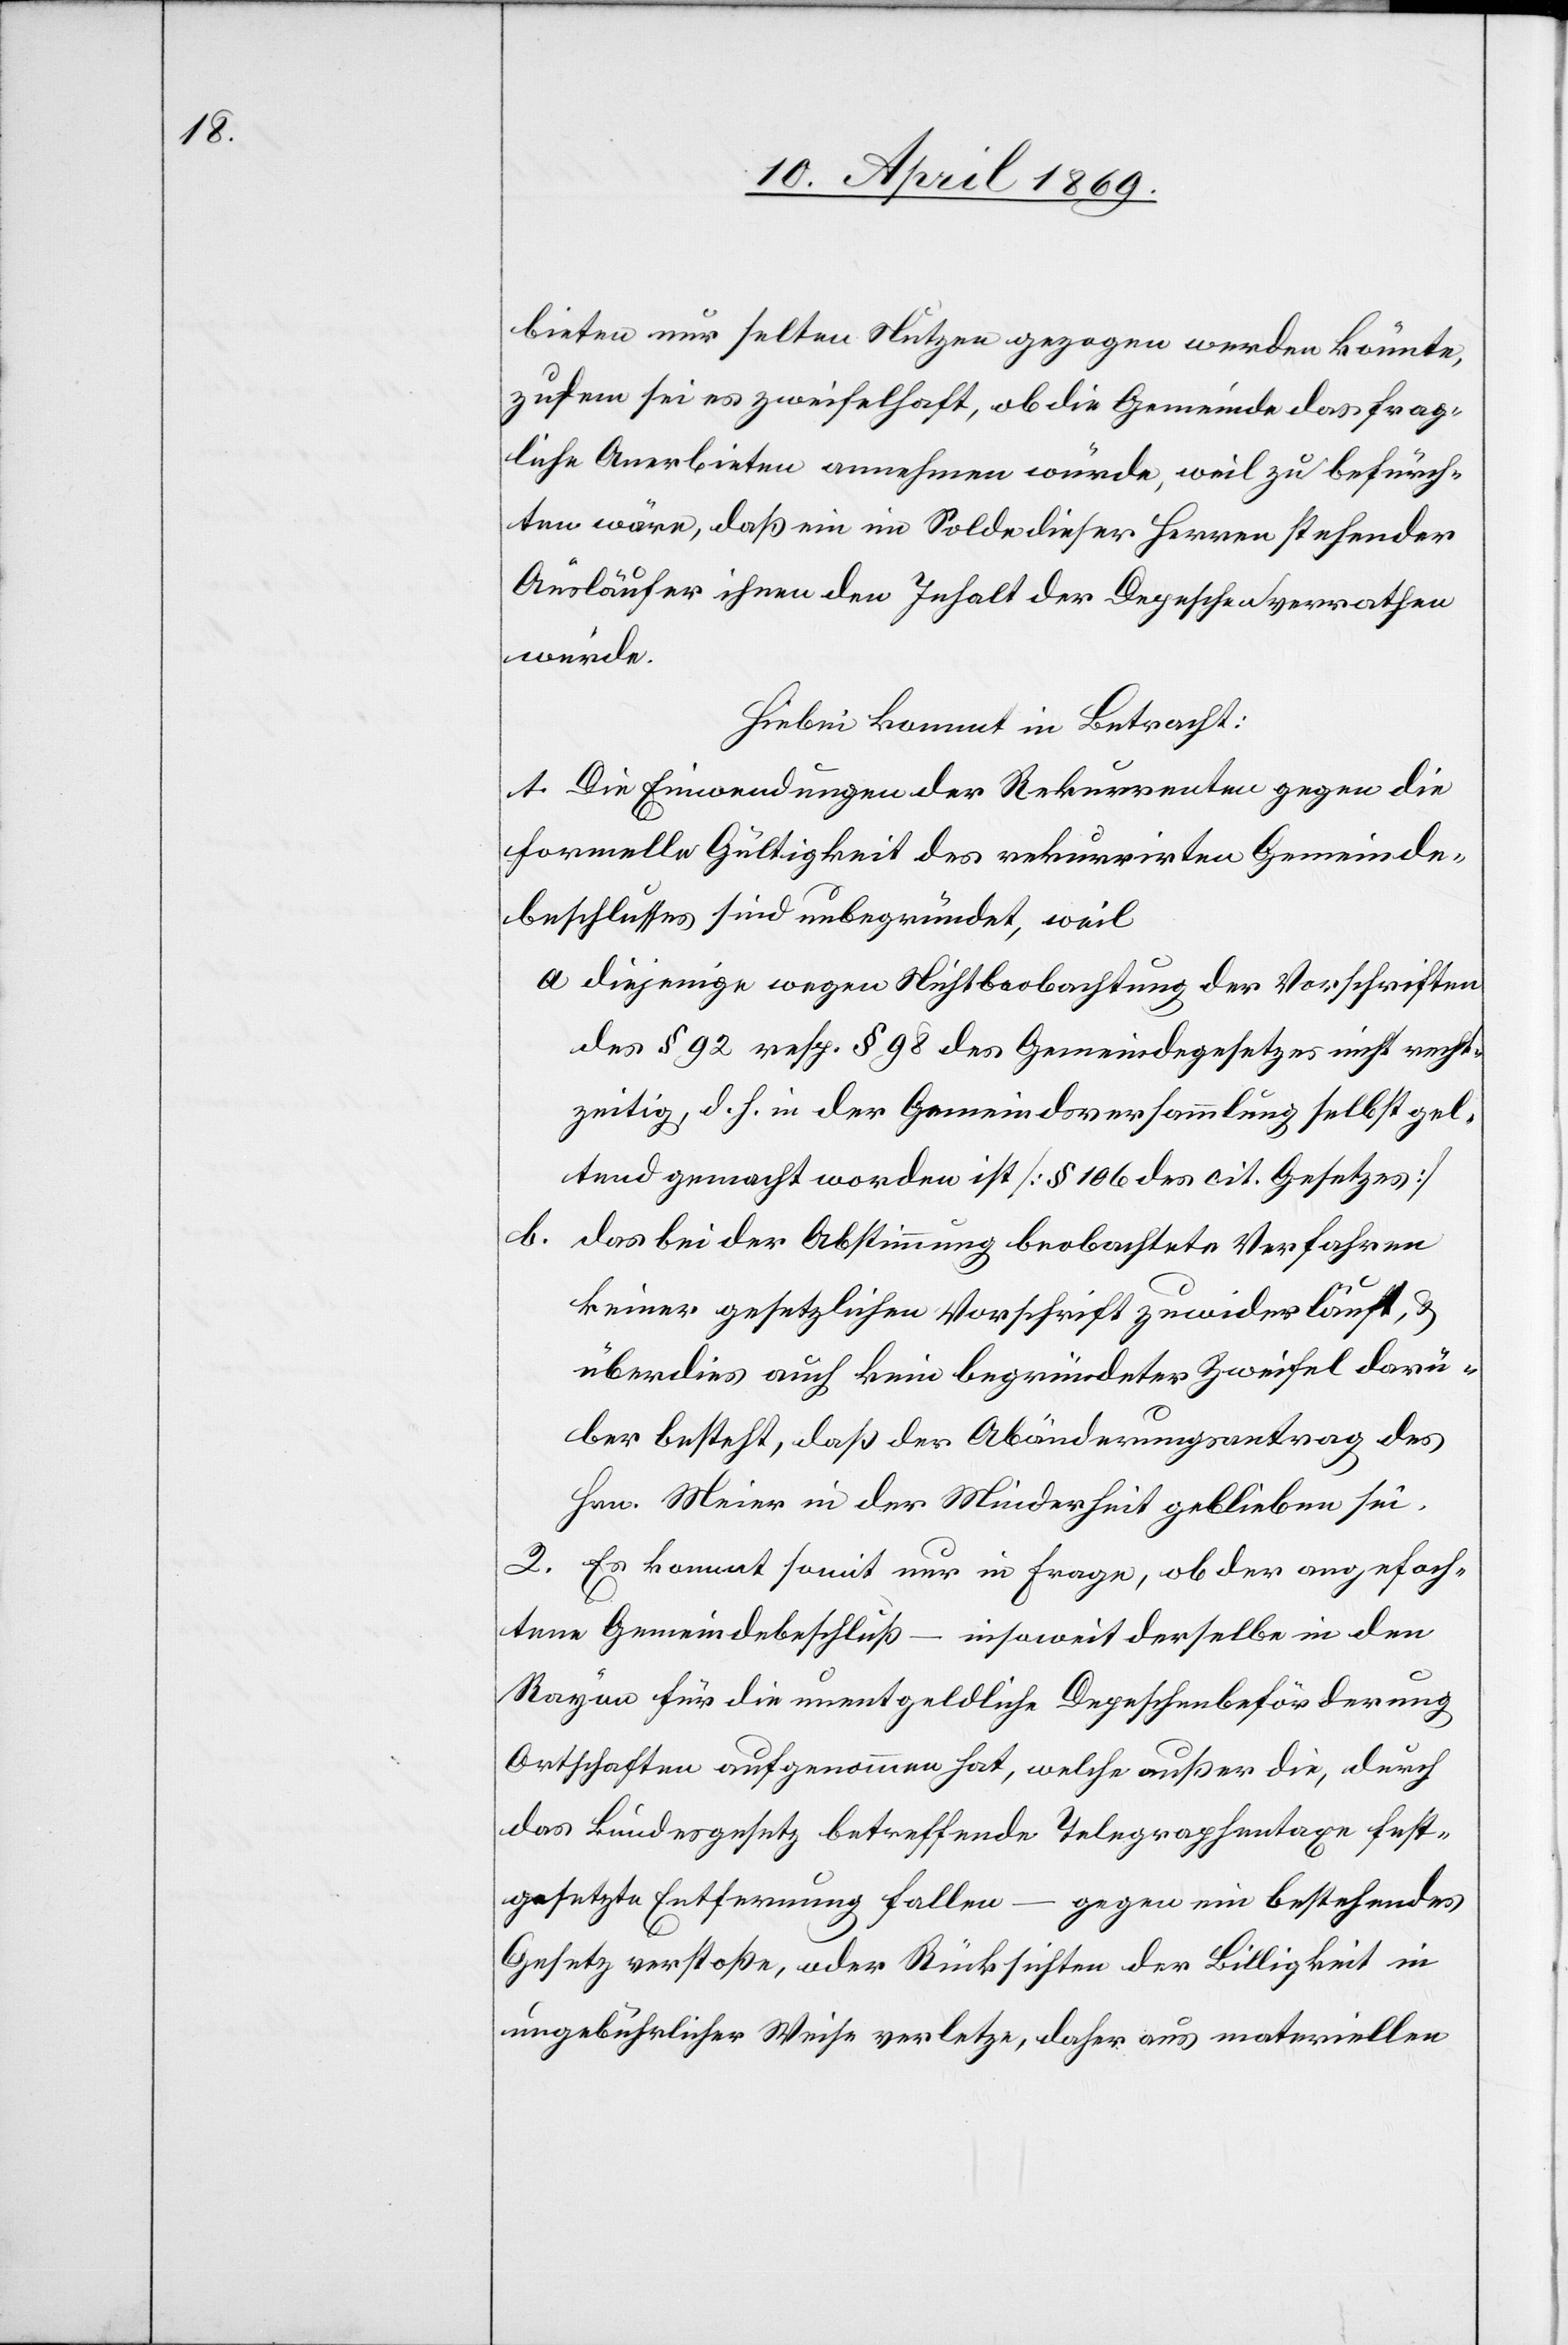
bieten nur selten Nutzen gezogen werden könnte,
zudem sei es zweifelhaft, ob die Gemeinde das frag¬
liche Anerbieten annehmen würde, weil zu befürch¬
ten wäre, daß ein im Solde dieser Herren stehender
Ausläufer ihnen den Inhalt der Depeschen verrathen
würde.
Hiebei kommt in Betracht:
1. Die Einwendungen der Rekurrenten gegen die
formelle Gültigkeit des rekurrirten Gemeinde¬
beschlusses sind unbegründet, weil
a. diejenige wegen Nichtbeobachtung der Vorschriften
des § 92 resp. § 98 des Gemeindegesetzes nicht recht¬
zeitig, d. h. in der Gemeindsversammlung selbst gel¬
tend gemacht worden ist [§ 106 des cit. Gesetzes]
b.
das bei der Abstimmung beobachtete Verfahren
keiner gesetzlichen Vorschrift zuwider läuft, &
überdies auch kein begründeter Zweifel darü¬
ber besteht, daß der Abänderungsantrag des
Hrn. Meier in der Minderheit geblieben sei.
2. Es kommt somit nur in Frage, ob der angefoch¬
tene Gemeindsbeschluß – insoweit derselbe in den
Rayon für die unentgeldliche Depeschenbeförderung
Ortschaften aufgenommen hat, welche außer die, durch
das Bundesgesetz betreffende Telegraphentaxe fest¬
gesetzte Entfernung fallen – gegen ein bestehendes
Gesetz verstoße, oder Rücksichten der Billigkeit in
ungebührlicher Weise verletze, daher aus materiellen